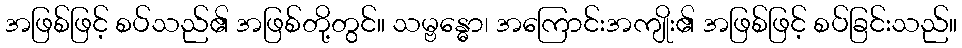
အဖြစ်ဖြင့် စပ်သည်၏ အဖြစ်တို့တွင်။ သမ္ဗန္ဓော၊ အကြောင်းအကျိုး၏ အဖြစ်ဖြင့် စပ်ခြင်းသည်။